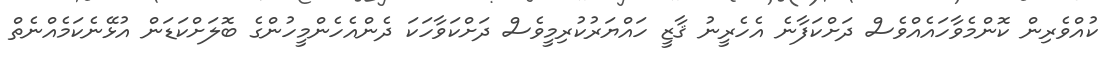
ކުއްވެރިން ކޮންމެވާހައެއްވެސް ދަށްކަފާނެ އެހެރީނު ޤާޒީ ހައްޔަރުކުރިމީވެސް ދަށްކަވާހަކަ ދެންއެހެންމީހުންގެ ބޮލަށްކަޑަން އުޅޭނެކަމެއްނެތް